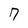
Character: 7